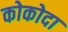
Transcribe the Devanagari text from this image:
कोकोदा